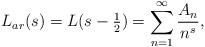
\begin{align*}L_{ar}(s) = L(s-\tfrac12) = \sum_{n=1}^\infty \frac{A_n}{n^s},\end{align*}